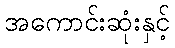
အကောင်းဆုံးနှင့်